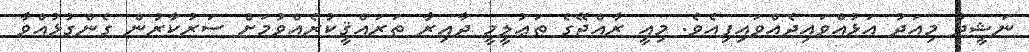
ނަޝީދު މިއަދު އަޅުއްވައިދެއްވައިފިއެވެ. މިއީ ރާއްޖޭގެ ތަޢުލީމީ ދާއިރާ ތަރައްޤީކުރެއްވުމަށް ސަރުކާރުން ގެންގުޅުއްވާ